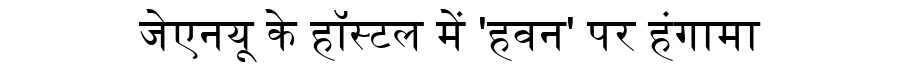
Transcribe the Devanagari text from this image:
जेेएनयू के हॉस्टल में 'हवन' पर हंगामा